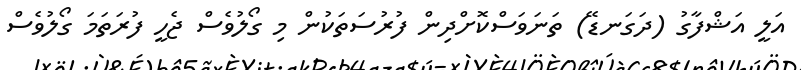
އަލީ އަޝްފާގު (ދަގަނޑޭ) ތަނަވަސްކޮށްދިން ފުރުސަތަކުން މި ގޯލުވެސް ޖެހީ ފުރަތަމަ ގޯލުވެސް